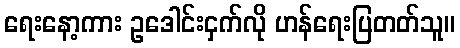
ရေးနော့ကား ဥဒေါင်းငှက်လို ဟန်ရေးပြတတ်သူ။